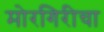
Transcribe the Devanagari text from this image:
मोरगिरीचा